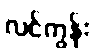
လင်ကွန်း